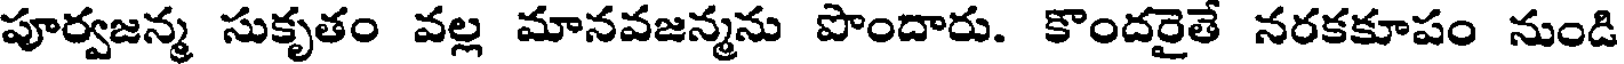
పూర్వజన్మ సుకృతం వల్ల మానవజన్మను పొందారు. కొందరైతే నరకకూపం నుండి